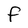
Character: F